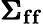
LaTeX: \pmb{\Sigma}_{\mathbf{f}\mathbf{f}}